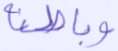
وباطنه